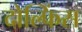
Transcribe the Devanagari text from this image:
दोल्फिंस